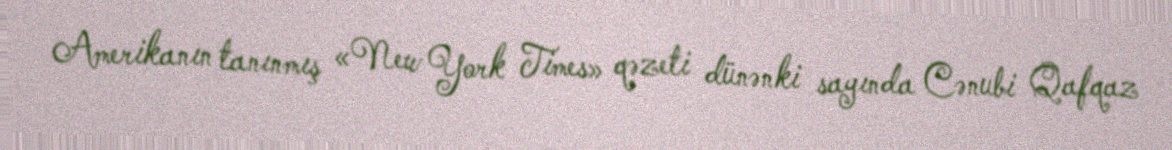
Amerikanın tanınmış «New York Times» qəzeti dünənki sayında Cənubi Qafqaz